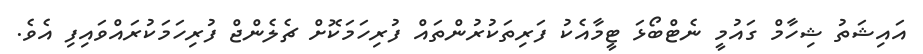
އައިޝަތު ޝިހާމް ގައުމީ ނެޓްބޯޅަ ޓީމާއެކު ފަރިތަކުރުންތައް ފުރިހަމަކޮށް ޗެލެންޖް ފުރިހަމަކުރައްވައިފި އެވެ.